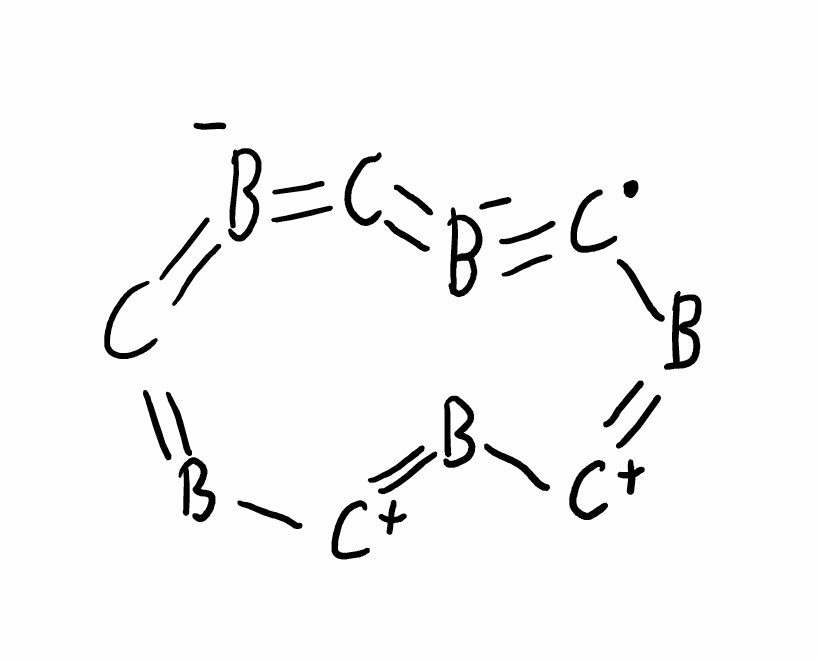
Simplified molecular-input line-entry system (SMILES) notation of the given molecule:
[B-]=1=C=[B-]=[C]B=[C+]B=[C+]B=C1